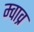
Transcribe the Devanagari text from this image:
म्वाव्र